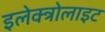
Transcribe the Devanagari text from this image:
इलेक्त्रोलाइट